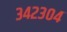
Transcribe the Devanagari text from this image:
३४२३०४